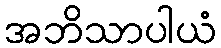
အဘိသာပါယံ